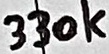
Text: 330k